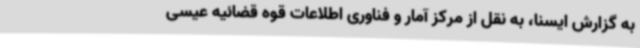
به گزارش ایسنا، به نقل از مرکز آمار و فناوری اطلاعات قوه قضائیه عیسی